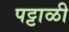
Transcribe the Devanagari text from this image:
पट्टाळी